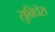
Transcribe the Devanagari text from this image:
सुविधेस